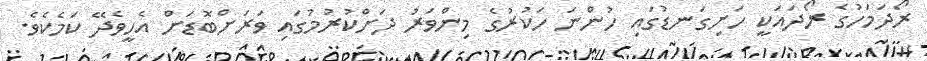
ރޯދަމަހުގެ ރޯދައަކީ ހަށިގަނޑުގައި ހުންނަ ހަކުރުގެ މިންވަރު ދަށްކުރުމުގައި ވަރަށްބޮޑަށް އެހީވެދޭ ކަމެކެވެ.